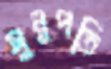
সুনুপতি